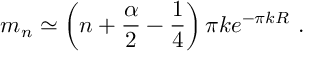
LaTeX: m _ { n } \simeq \left( n + \frac { \alpha } { 2 } - \frac { 1 } { 4 } \right) \pi k e ^ { - \pi k R } ~ .